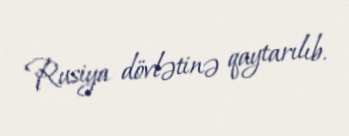
Rusiya dövlətinə qaytarılıb.